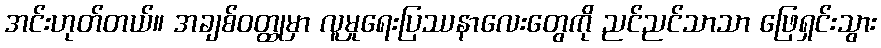
အင်းဟုတ်တယ်။ အချစ်ဝတ္ထုမှာ လူမှုရေးပြဿနာလေးတွေကို ညင်ညင်သာသာ ဖြေရှင်းသွား